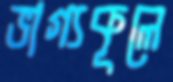
ভাগ্যকূলে